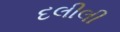
દલીલી